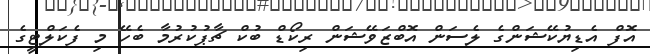
އޮފް އެޑިޔުކޭޝަންގެ ލެސަން އޮބްޒަވޭޝަން ރިކޯޑް ބުކް ޗާޕުކުރުމާ ބެހޭ މި ފެކަލްޓީގެ